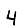
Digit: 4